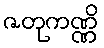
ဇတုကဏ္ဏိ